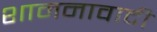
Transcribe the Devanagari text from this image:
शामनावादी